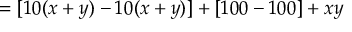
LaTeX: \, = [ 1 0 ( x + y ) - 1 0 ( x + y ) ] + [ 1 0 0 - 1 0 0 ] + x y